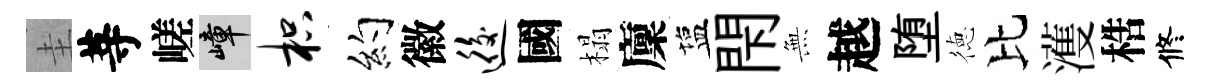
圭䓁嵯嶂枳约徽逅國榻廩塩閇𭴾越堕徳比濩梏修